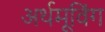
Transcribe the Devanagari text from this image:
अर्थमूविंग